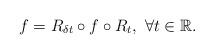
LaTeX: \begin{align*}f= R_{\delta t}\circ f\circ R_{t},~\forall t\in \mathbb R .\end{align*}